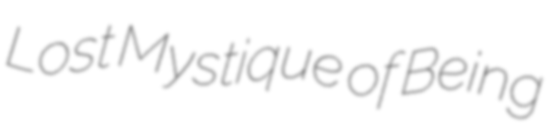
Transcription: Lost Mystique of Being